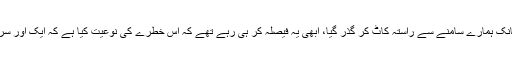
گشت کے دوران ایک لڑکا دوڑتا ہوا آیا اور اچانک ہمارے سامنے سے راستہ کاٹ کر گذر گیا، ابھی یہ فیصلہ کر ہی رہے تھے کہ اس خطرے کی نوعیت کیا ہے کہ ایک اور سر پھرا اس کے تعاقب کرتے سامنے سے دوڑا۔